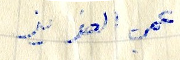
عمي العزي